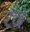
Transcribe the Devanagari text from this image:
रंद